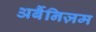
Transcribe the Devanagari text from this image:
अर्बैनिज़म